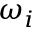
\omega _ { i }